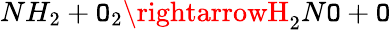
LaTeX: NH_{2}+\mathtt{O}_{2}\rightarrowH_{2}N\mathtt{O}+\mathtt{O}